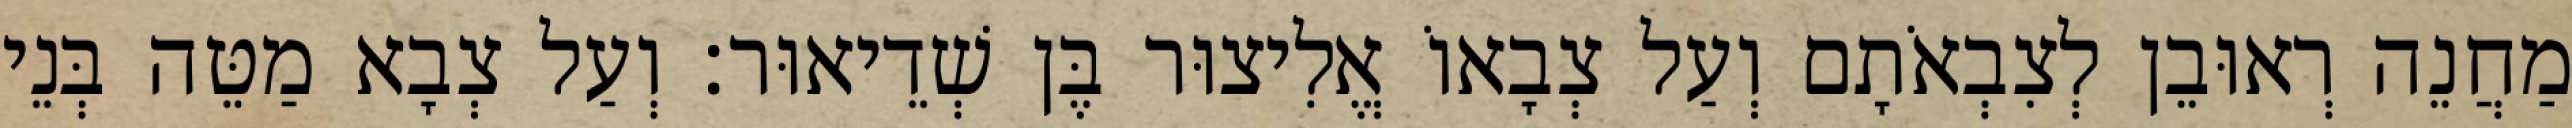
מַחֲנֵה רְאוּבֵן לְצִבְאֹתָם וְעַל צְבָאוֹ אֱלִיצוּר בֶּן שְׁדֵיאוּר׃ וְעַל צְבָא מַטֵּה בְּנֵי